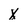
Character: x